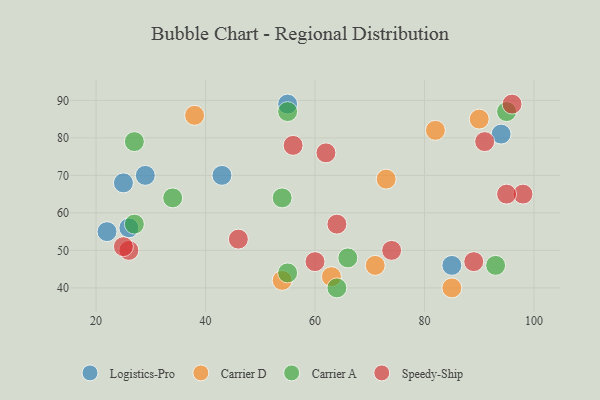
{"axis": {"x": "GDP", "y": "Life Expectancy"}, "legend": ["Carrier A", "Carrier D", "Logistics-Pro", "Speedy-Ship"], "data": [{"x": "94", "y": 81, "type": "Logistics-Pro"}, {"x": "29", "y": 70, "type": "Logistics-Pro"}, {"x": "55", "y": 89, "type": "Logistics-Pro"}, {"x": "25", "y": 68, "type": "Logistics-Pro"}, {"x": "85", "y": 46, "type": "Logistics-Pro"}, {"x": "26", "y": 56, "type": "Logistics-Pro"}, {"x": "22", "y": 55, "type": "Logistics-Pro"}, {"x": "43", "y": 70, "type": "Logistics-Pro"}, {"x": "90", "y": 85, "type": "Carrier D"}, {"x": "54", "y": 42, "type": "Carrier D"}, {"x": "63", "y": 43, "type": "Carrier D"}, {"x": "71", "y": 46, "type": "Carrier D"}, {"x": "38", "y": 86, "type": "Carrier D"}, {"x": "85", "y": 40, "type": "Carrier D"}, {"x": "73", "y": 69, "type": "Carrier D"}, {"x": "82", "y": 82, "type": "Carrier D"}, {"x": "55", "y": 44, "type": "Carrier A"}, {"x": "34", "y": 64, "type": "Carrier A"}, {"x": "55", "y": 87, "type": "Carrier A"}, {"x": "64", "y": 40, "type": "Carrier A"}, {"x": "27", "y": 57, "type": "Carrier A"}, {"x": "66", "y": 48, "type": "Carrier A"}, {"x": "93", "y": 46, "type": "Carrier A"}, {"x": "54", "y": 64, "type": "Carrier A"}, {"x": "95", "y": 87, "type": "Carrier A"}, {"x": "27", "y": 79, "type": "Carrier A"}, {"x": "64", "y": 57, "type": "Speedy-Ship"}, {"x": "91", "y": 79, "type": "Speedy-Ship"}, {"x": "74", "y": 50, "type": "Speedy-Ship"}, {"x": "46", "y": 53, "type": "Speedy-Ship"}, {"x": "26", "y": 50, "type": "Speedy-Ship"}, {"x": "60", "y": 47, "type": "Speedy-Ship"}, {"x": "89", "y": 47, "type": "Speedy-Ship"}, {"x": "98", "y": 65, "type": "Speedy-Ship"}, {"x": "25", "y": 51, "type": "Speedy-Ship"}, {"x": "62", "y": 76, "type": "Speedy-Ship"}, {"x": "56", "y": 78, "type": "Speedy-Ship"}, {"x": "95", "y": 65, "type": "Speedy-Ship"}, {"x": "96", "y": 89, "type": "Speedy-Ship"}]}